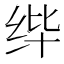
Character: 𰬎